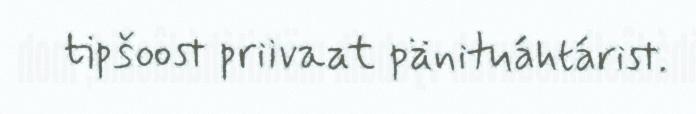
tipšoost priivaat pänituáhtárist.